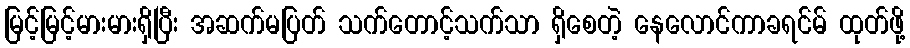
မြင့်မြင့်မားမားရှိပြီး အဆက်မပြတ် သက်တောင့်သက်သာ ရှိစေတဲ့ နေလောင်ကာခရင်မ် ထုတ်ဖို့